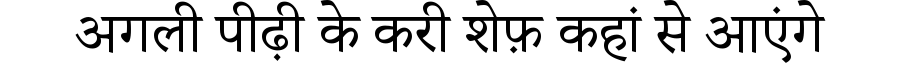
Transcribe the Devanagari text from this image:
अगली पीढ़ी के करी शेफ़ कहां से आएंगे